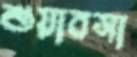
শুয়াবসা